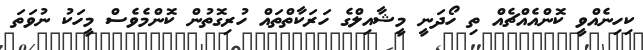
ކިހިނެއްވީ ކޮންއެއްޗެއް ތި ހޯދަނީ މީޝާއިލްގެ ހަރަކާތްތައް ހުރިގޮތުން ކޮންމެވެސް މީހަކު ނުވަތަ